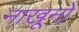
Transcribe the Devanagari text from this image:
नाखूनो